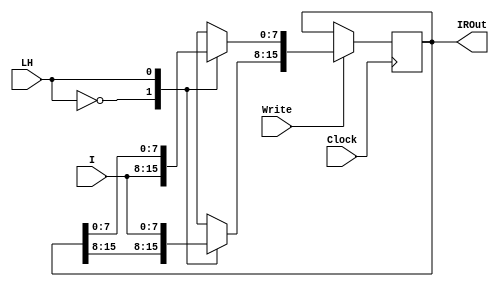
`timescale 1ns / 1ps
//////////////////////////////////////////////////////////////////////////////////
// Company: 
// Engineer: 
// 
// Design Name: 
// Module Name: register
// Project Name: 
// Target Devices: 
// Tool Versions: 
// Description: 
// 
// Dependencies: 
// 
// Revision:
// Revision 0.01 - File Created
// Additional Comments:
// 
//////////////////////////////////////////////////////////////////////////////////



module InstructionRegister (
    input [7:0] I,
    input Clock,
    input wire Write, 
    input wire LH,
    output reg [15:0] IROut
 );
 
    always@(posedge Clock) begin
        if (Write) begin
            case(LH)
            1'b0: IROut[7:0] = I;
            1'b1: IROut[15:8] = I;
            endcase
        end
    end
 endmodule